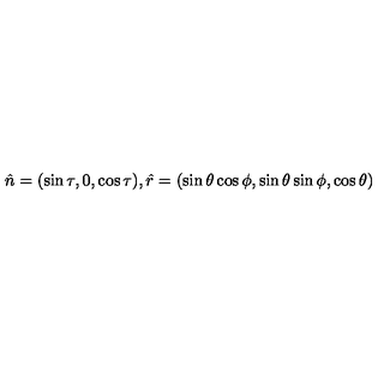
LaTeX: \hat { n } = ( \sin \tau , 0 , \cos \tau ) , \hat { r } = ( \sin \theta \cos \phi , \sin \theta \sin \phi , \cos \theta )